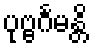
ပုဗ္ဗင်္ဂမန္တိ